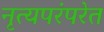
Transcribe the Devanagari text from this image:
नृत्यपरंपरेत